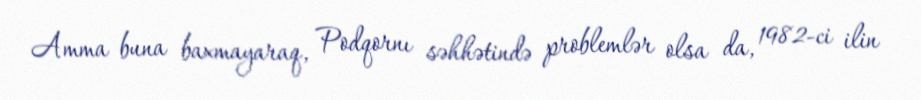
Amma buna baxmayaraq, Podqornı səhhətində problemlər olsa da, 1982-ci ilin